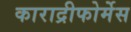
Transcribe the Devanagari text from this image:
काराद्रीफोर्मेस